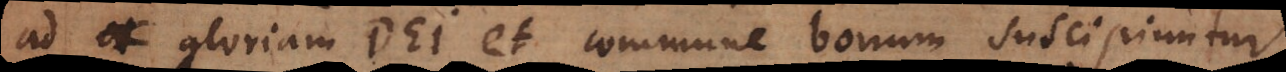
ad gloriam Dei et commune bonum suscipiuntur.